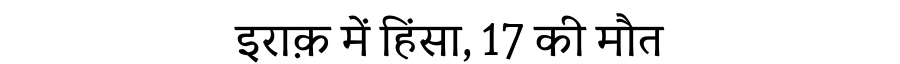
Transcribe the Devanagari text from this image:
इराक़ में हिंसा, 17 की मौत